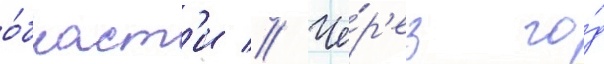
о́бласт'и // Че́р'ез го́д